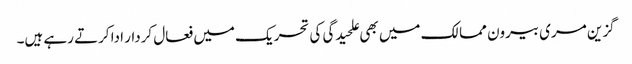
گزین مری بیرون ممالک میں بھی علحیدگی کی تحریک میں فعال کردار ادا کرتے رہے ہیں۔